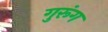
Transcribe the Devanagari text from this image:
गुरूंग